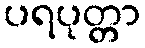
ပရပုတ္တာ